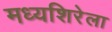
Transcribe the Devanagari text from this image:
मध्यशिरेला